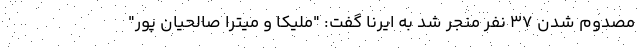
مصدوم شدن ۳۷ نفر منجر شد به ایرنا گفت: "ملیکا و میترا صالحیان پور"